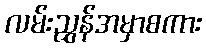
လမ်းညွှန်အမှာစကား